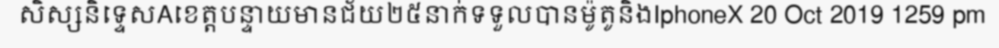
សិស្សនិទ្ទេសAខេត្តបន្ទាយមានជ័យ២៥នាក់ទទួលបានម៉ូតូនិងIphoneX 20 Oct 2019 1259 pm